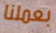
بعملنا